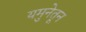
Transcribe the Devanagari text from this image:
यमुनेतून